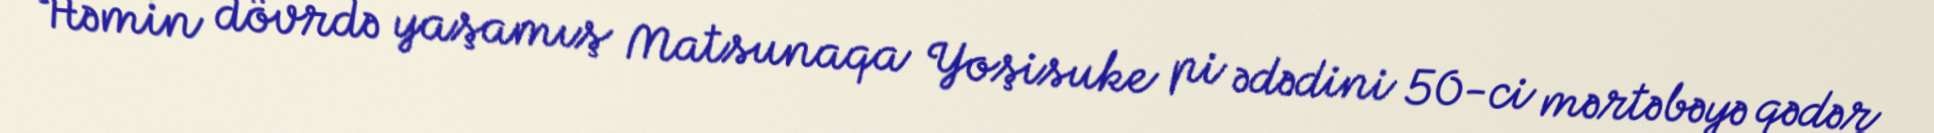
Həmin dövrdə yaşamış Matsunaqa Yoşisuke pi ədədini 50-ci mərtəbəyə qədər